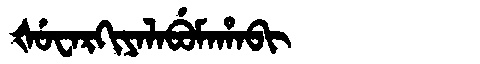
Manchu: ᡧᡠᠸᠠᡵᡴᡳᠶᠠᠯᠠᠪᡠᠮᠠᡥᠠᠪᡳ
Romanization: ŠUWARKIYALABUMAHABI